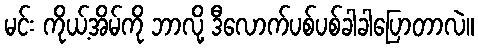
မင်း ကိုယ့်အိမ်ကို ဘာလို့ ဒီလောက်ပစ်ပစ်ခါခါပြောတာလဲ။